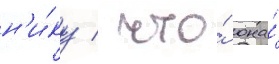
н'и́ку / что́ она́